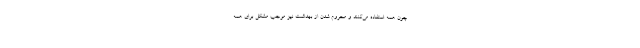
چون همه استفاده می‌کنند و محروم شدن از بهداشت نیز موجب مشکل برای همه